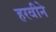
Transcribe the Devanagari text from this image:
हरवीने